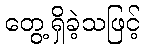
တွေ့ရှိခဲ့သဖြင့်